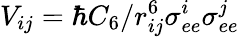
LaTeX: {V}_{ij}=\hbar C_{6}/r_{ij}^{6}{\sigma}_{ee}^{i}{\sigma}_{ee}^{j}